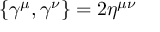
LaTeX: \{ \gamma ^ { \mu } , \gamma ^ { \nu } \} = 2 \eta ^ { \mu \nu }